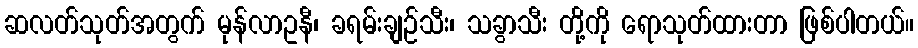
ဆလတ်သုတ်အတွက် မုန်လာဥနီ၊ ခရမ်းချဉ်သီး၊ သခွာသီး တို့ကို ရောသုတ်ထားတာ ဖြစ်ပါတယ်။